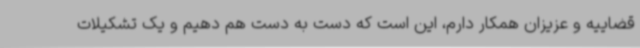
قضاییه و عزیزان همکار دارم، این است که دست به دست هم دهیم و یک تشکیلات